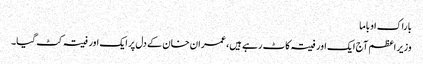
باراک اوباما
وزیر اعظم آج ایک اور فیتہ کاٹ رہے ہیں، عمران‌خان کے دل پر ایک اور فیتہ کٹ گیا۔